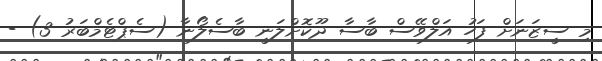
މި ސީޒަނަށް ފަހު އަލްވޭސް ބާސާ ދޫކޮށްލަނީ ބާސެލޯނާ (ސެޕްޓެމްބަރު 3) -